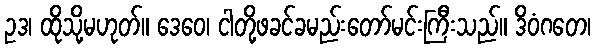
ဥဒ၊ ထိုသို့မဟုတ်။ ဒေဝေ၊ ငါတို့ဖခင်ခမည်းတော်မင်းကြီးသည်။ ဒိဝံဂတေ၊